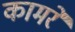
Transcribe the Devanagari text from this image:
कामरे